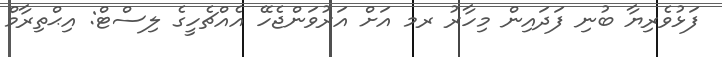
ފަޅުވެރިޔާ ބުނި ފަދައިން މިހާރު ރމ އަށް އަރުވަންޖެހޭ އެއްޗެހީގެ ލިސްޓް: އިޙްތިރާމް